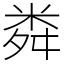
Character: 粦